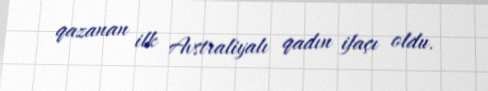
qazanan ilk Avstraliyalı qadın ifaçı oldu.